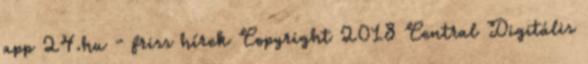
app 24.hu - friss hírek Copyright 2018 Central Digitális